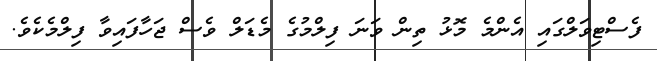
ފެސްޓިވަލްގައި އެންމެ މޮޅު ތިން ވަނަ ފިލްމުގެ މެޑަލް ވެސް ޖަހާފައިވާ ފިލްމެކެވެ.